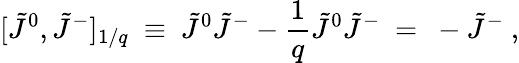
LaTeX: [\tilde{J}^{0},\tilde{J}^{-}]_{1/q}\ \equiv\ \tilde{J}^{0}\tilde{J}^{-}-\frac{1}{q}\tilde{J}^{0}\tilde{J}^{-}\ =\ -\tilde{J}^{-}\ ,